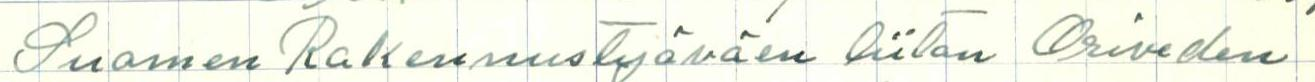
Suomen Rakennustyöväen liiton Oriveden